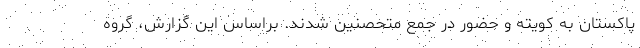
پاکستان به کویته و حضور در جمع متحصنین شدند. براساس این گزارش، گروه